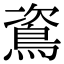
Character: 䳐